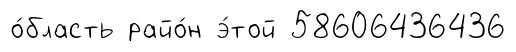
о́бласть райо́н э́той 58606436436